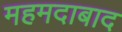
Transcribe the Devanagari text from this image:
महमदाबाद